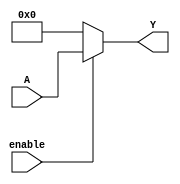
module relative_encoder #(
    parameter N = 4,  // Number of bits for input
    parameter M = 4   // Number of bits for output
)(
    input  wire [N-1:0] A,      // N-bit input representing current position
    input  wire enable,          // Enable signal to control the encoder
    output reg  [M-1:0] Y       // M-bit output for the encoded value
);

// Define a default state for the output
localparam DEFAULT_STATE = {M{1'b0}}; // Default output state (all zeros)

// Combinational logic for encoding
always @(*) begin
    // Check if the encoder is enabled
    if (enable) begin
        // Encoding logic: Here, we simply assign the binary input to output
        // You can replace this with other encoding schemes like Gray code if needed.
        Y = A[M-1:0];  // Direct binary encoding (assuming N >= M)
    end else begin
        // If disabled, output the default state
        Y = DEFAULT_STATE;
    end
end

endmodule